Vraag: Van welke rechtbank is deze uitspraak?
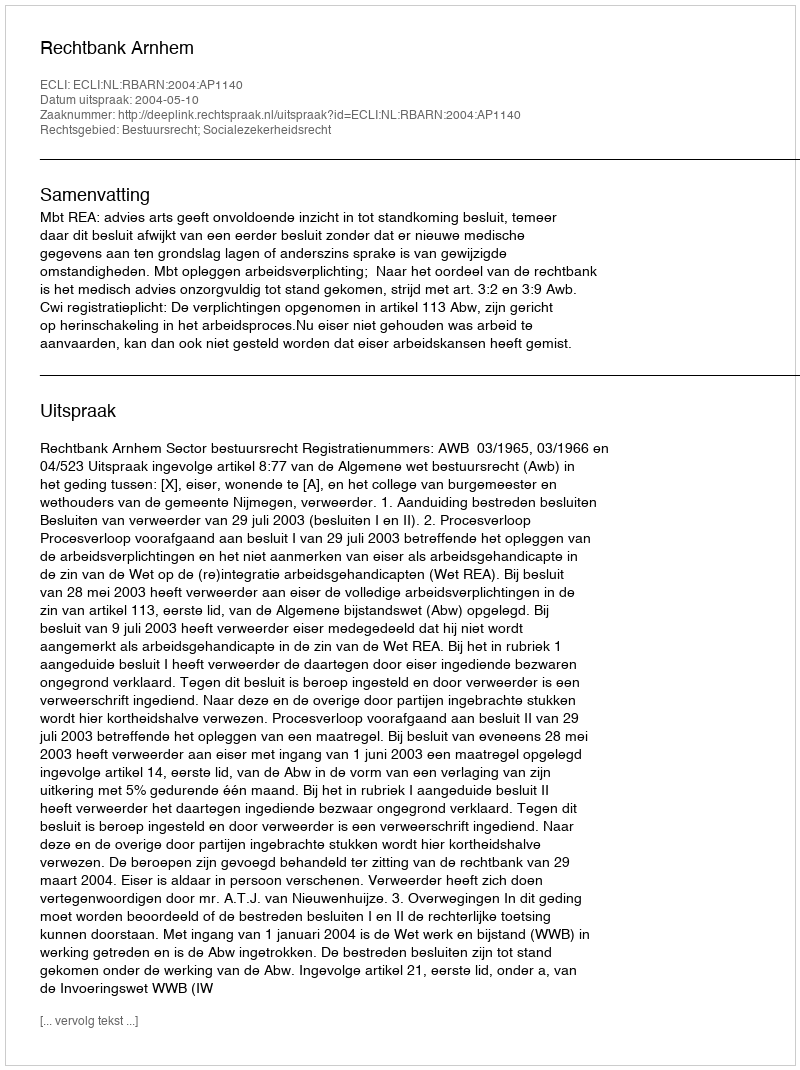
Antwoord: Rechtbank Arnhem